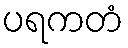
ပရကတံ